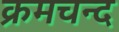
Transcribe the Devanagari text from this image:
क्रमचन्द